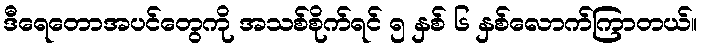
ဒီရေတောအပင်တွေကို အသစ်စိုက်ရင် ၅ နှစ် ၆ နှစ်လောက်ကြာတယ်။